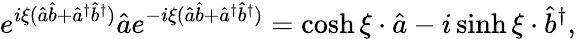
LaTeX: e^{i\xi(\hat{a}\hat{b}+\hat{a}^{\dagger}\hat{b}^{\dagger})}\hat{a}e^{-i\xi(\hat{a}\hat{b}+\hat{a}^{\dagger}\hat{b}^{\dagger})}=\cosh\xi\cdot\hat{a}-i\sinh\xi\cdot\hat{b}^{\dagger},